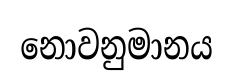
නොවනුමානය